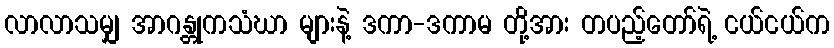
လာလာသမျှ အာဂန္တုကသံဃာ များနဲ့ ဒကာ-ဒကာမ တို့အား တပည့်တော်ရဲ့ ငယ်ငယ်က